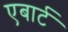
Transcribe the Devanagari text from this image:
एबार्ट